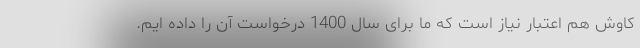
کاوش هم اعتبار نیاز است که ما برای سال 1400 درخواست آن را داده ایم.